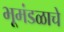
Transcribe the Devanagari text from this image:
भूमंडळाचे